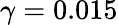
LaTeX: \gamma=0.015